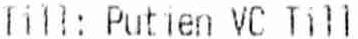
TILL: PUTIEN VC TILL